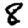
Digit: 8